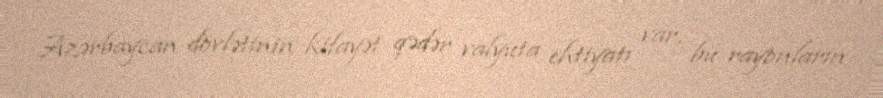
Azərbaycan dövlətinin kifayət qədər valyuta ehtiyatı var, bu rayonların